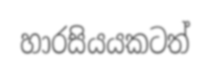
හාරසියයකටත්